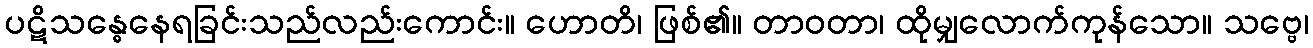
ပဋိသန္ဓေနေရခြင်းသည်လည်းကောင်း။ ဟောတိ၊ ဖြစ်၏။ တာဝတာ၊ ထိုမျှလောက်ကုန်သော။ သဗ္ဗေ၊